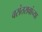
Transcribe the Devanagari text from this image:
वसंतरावांच्या